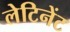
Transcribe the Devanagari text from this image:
लेटिनेंट